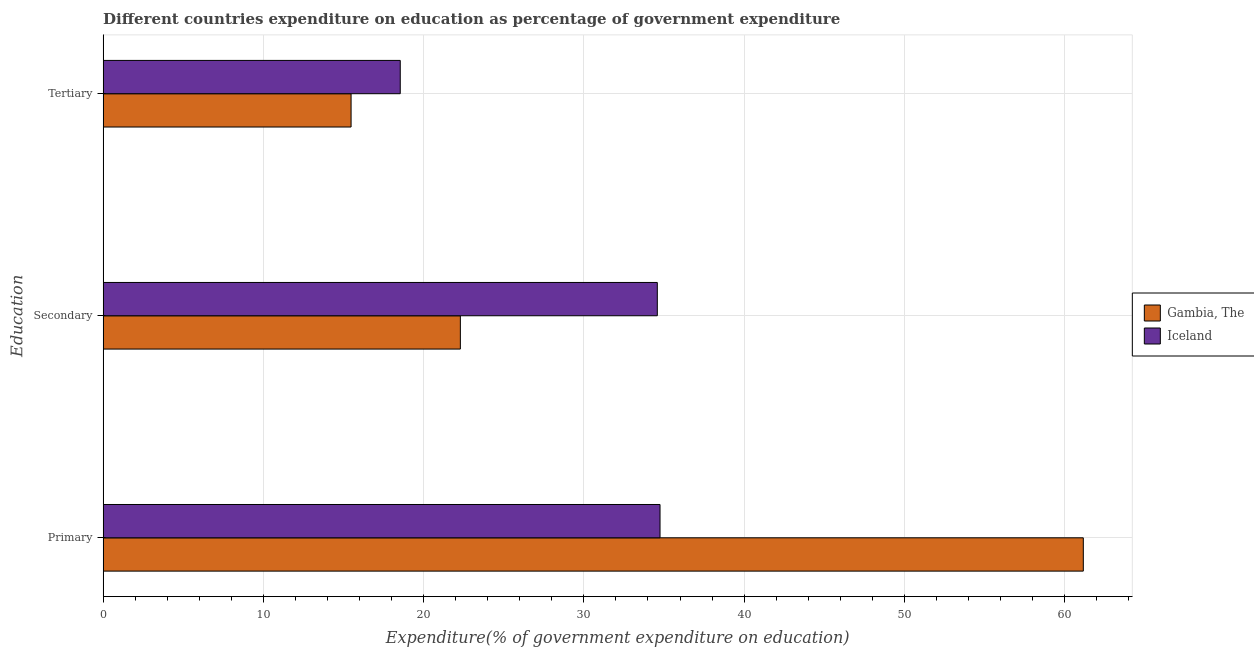
| Education | Gambia, The | Iceland |
 | --- | --- | --- |
 | Primary | 61.2 | 34.8 |
 | Secondary | 22.3 | 34.6 |
 | Tertiary | 15.5 | 18.5 |